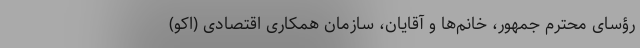
رؤسای محترم جمهور، خانم‌ها و آقایان، سازمان همکاری اقتصادی (اکو)